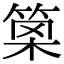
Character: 𥮣